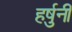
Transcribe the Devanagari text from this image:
हर्षुनी